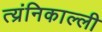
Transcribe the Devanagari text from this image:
त्य्रंनिकाल्ली